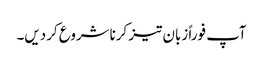
آپ فوراً زبان تیز کرناشروع کردیں۔